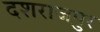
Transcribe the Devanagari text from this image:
दशराजपुर